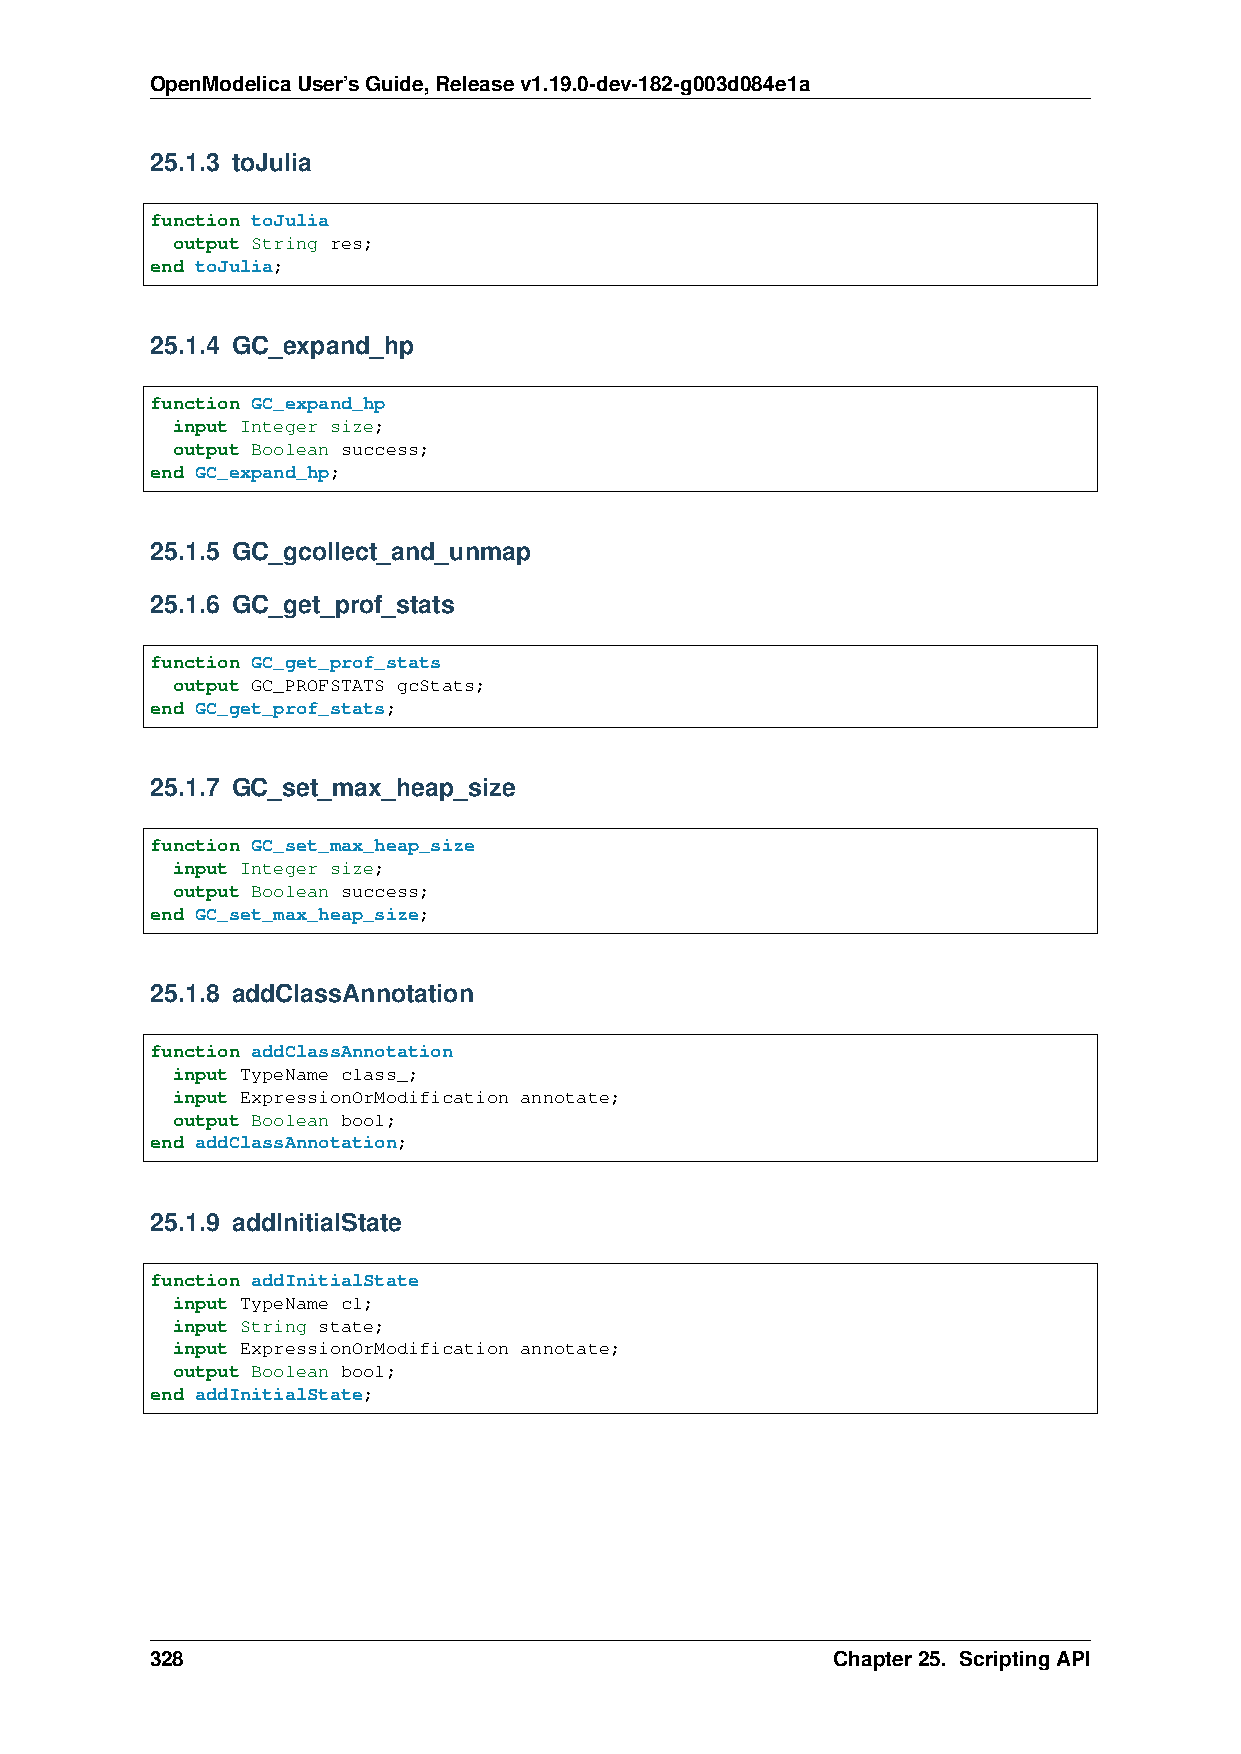
OpenModelicaUser’sGuide,Releasev1.19.0-dev-182-g003d084e1a
 25.1.3 toJulia
 function toJulia
 output String res;
 end toJulia;
 25.1.4 GC_expand_hp
 function GC_expand_hp
 input Integer size;
 output Boolean success;
 end GC_expand_hp;
 25.1.5 GC_gcollect_and_unmap
 25.1.6 GC_get_prof_stats
 function GC_get_prof_stats
 output GC_PROFSTATS gcStats;
 end GC_get_prof_stats;
 25.1.7 GC_set_max_heap_size
 function GC_set_max_heap_size
 input Integer size;
 output Boolean success;
 end GC_set_max_heap_size;
 25.1.8 addClassAnnotation
 function addClassAnnotation
 input TypeName class_;
 input ExpressionOrModification annotate;
 output Boolean bool;
 end addClassAnnotation;
 25.1.9 addInitialState
 function addInitialState
 input TypeName cl;
 input String state;
 input ExpressionOrModification annotate;
 output Boolean bool;
 end addInitialState;
 328                                          Chapter25. ScriptingAPI